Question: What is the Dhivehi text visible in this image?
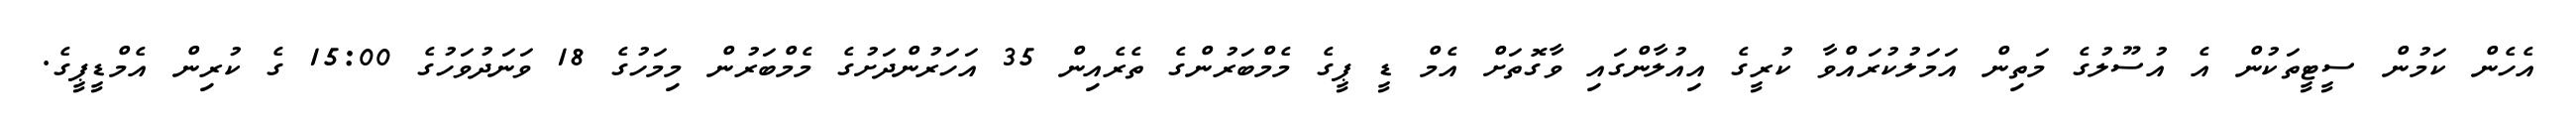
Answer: އެހެން ކަމުން ސީޓީތަކުން އެ އުސޫލުގެ މަތިން އަމަލުކުރައްވާ ކުރީގެ އިއުލާންގައި ވާގޮތަށް އެމް ޑީ ޕީގެ މެމްބަރުންގެ ތެރެއިން 35 އަހަރުންދަށުގެ މެމްބަރުން މިމަހުގެ 18 ވަނަދުވަހުގެ 15:00 ގެ ކުރިން އެމްޑީޕީގެ.